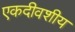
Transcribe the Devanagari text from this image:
एकदीवशीय